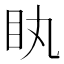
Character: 䀓